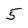
Character: 5